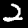
Label: 2